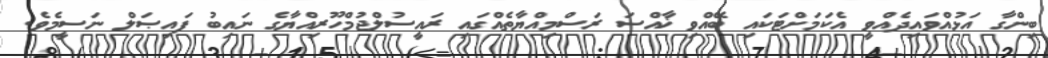
ބިންގާ އަޅުއްވައިދެއްވީ އެކަމަށްޓަކައި ބޭއްވި ޚާއްސަ ރަސްމިއްޔާތެއްގައި ރައީސުލްޖުމްހޫރިއްޔާގެ ނައިބު ފައިޞަލް ނަސީމެވެ.